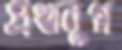
প্রথানুগ